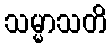
သမ္မာသတိ